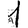
Digit: 1